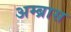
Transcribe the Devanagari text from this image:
अम्ब्रास